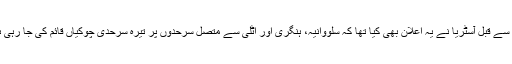
اس سے قبل آسٹریا نے یہ اعلان بھی کیا تھا کہ سلووانیہ، ہنگری اور اٹلی سے متصل سرحدوں پر تیرہ سرحدی چوکیاں قائم کی جا رہی ہیں۔